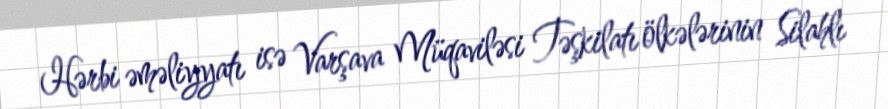
Hərbi əməliyyatı isə Varşava Müqaviləsi Təşkilatı ölkələrinin Silahlı